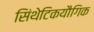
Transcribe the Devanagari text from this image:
सिंथेटिकयौगिक